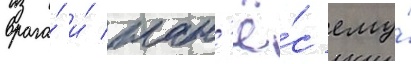
врага́ и́ нан'ё́с ему́